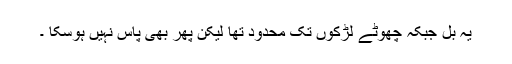
یہ بل جبکہ چھوٹے لڑکوں تک محدود تھا لیکن پھر بھی پاس نہیں ہوسکا ۔